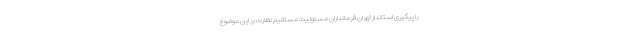
با پیگیری استاندار تهران فرمانداران مسئولیت مستقیم نظارت بر این موضوع